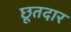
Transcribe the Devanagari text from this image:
छूतदार